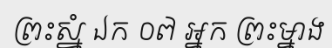
ព្រះស្នំ ឯក ០៧ អ្នក ព្រះម្នាង